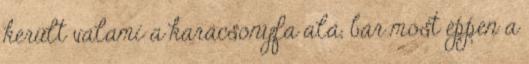
került valami a karácsonyfa alá, bár most éppen a